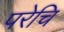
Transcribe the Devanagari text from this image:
परेचि